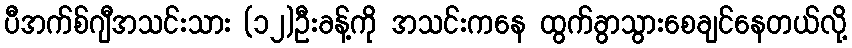
ပီအက်စ်ဂျီအသင်းသား (၁၂)ဦးခန့်ကို အသင်းကနေ ထွက်ခွာသွားစေချင်နေတယ်လို့